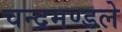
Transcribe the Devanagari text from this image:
चन्द्रमण्डले